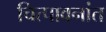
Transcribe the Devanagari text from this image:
चित्पावनांत